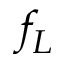
f _ { L }